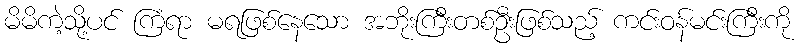
မိမိကဲ့သို့ပင် ကြံရာ မရဖြစ်နေသော အဘိုးကြီးတစ်ဦးဖြစ်သည့် ကင်းဝန်မင်းကြီးကို